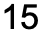
15